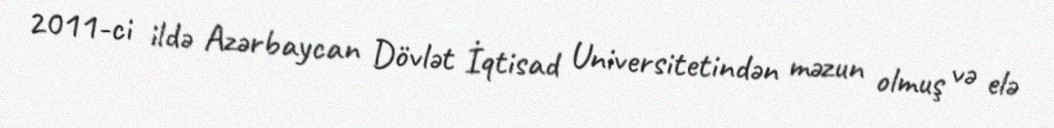
2011-ci ildə Azərbaycan Dövlət İqtisad Universitetindən məzun olmuş və elə